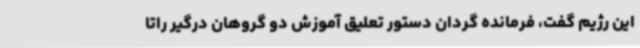
این رژیم گفت، فرمانده گردان دستور تعلیق آموزش دو گروهان درگیر راتا